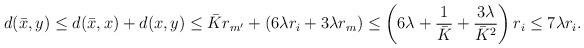
LaTeX: \begin{align*} d(\bar x, y) &\le d(\bar x, x) + d(x, y) \le \bar K r_{m'} + (6\lambda r_i + 3\lambda r_m)\le \left(6\lambda + \frac 1{\bar K} + \frac{3\lambda}{\bar K^2}\right) r_i \le 7\lambda r_i.\end{align*}